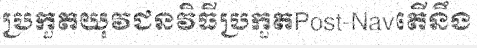
ប្រកួតយុវជនវិធីប្រកួតPost-Navតើនឹង